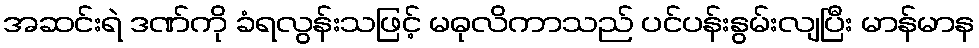
အဆင်းရဲ ဒဏ်ကို ခံရလွန်းသဖြင့် မဓုလိကာသည် ပင်ပန်းနွမ်းလျပြီး မာန်မာန